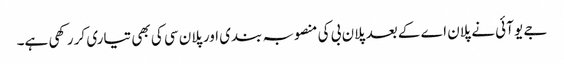
جے یو آئی نے پلان اے کے بعد پلان بی کی منصوبہ بندی اور پلان سی کی بھی تیاری کر رکھی ہے۔